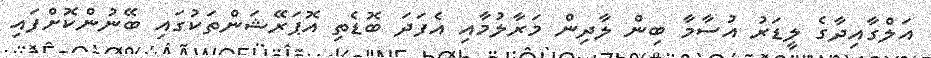
އަލްގާއިދާގެ ލީޑަރު އުސާމާ ބިން ލާދިން މަރާލުމާއި އެފަދަ ބޮޑެތި އޮޕަރޭޝަންތަކުގައި ބޭނުންކޮށްފައި